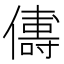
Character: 𬿻